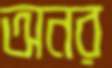
অনর